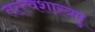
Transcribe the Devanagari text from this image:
तत्त्वशास्त्रमु